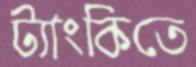
ট্যাংকিতে